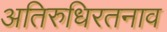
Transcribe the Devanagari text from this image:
अतिरुधिरतनाव